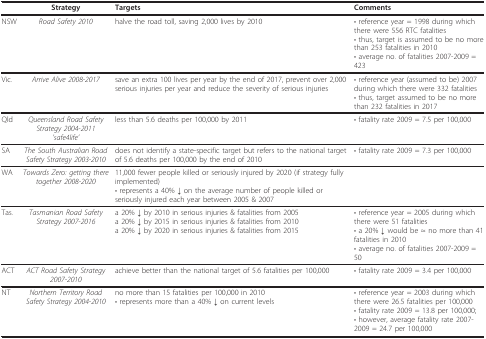
|  | Strategy | Targets | Comments |
 | --- | --- | --- | --- |
 | NSW | Road Safety 2010 | halve the road toll, saving 2,000 lives by 2010 | • reference year = 1998 during which there were 556 RTC fatalities• thus, target is assumed to be no more than 253 fatalities in 2010• average no. of fatalities 2007-2009 = 423 |
 | Vic. | Arrive Alive 2008-2017 | save an extra 100 lives per year by the end of 2017, prevent over 2,000 serious injuries per year and reduce the severity of serious injuries | • reference year (assumed to be) 2007 during which there were 332 fatalities• thus, target assumed to be no more than 232 fatalities in 2017 |
 | Qld | Queensland Road Safety Strategy 2004-2011'safe4life' | less than 5.6 deaths per 100,000 by 2011 | • fatality rate 2009 = 7.5 per 100,000 |
 | SA | The South Australian Road Safety Strategy 2003-2010 | does not identify a state-specific target but refers to the national target of 5.6 deaths per 100,000 by the end of 2010 | • fatality rate 2009 = 7.3 per 100,000 |
 | WA | Towards Zero: getting there together 2008-2020 | 11,000 fewer people killed or seriously injured by 2020 (if strategy fully implemented)• represents a 40% ↓ on the average number of people killed or seriously injured each year between 2005 & 2007 |  |
 | Tas. | Tasmanian Road Safety Strategy 2007-2016 | a 20% ↓ by 2010 in serious injuries & fatalities from 2005a 20% ↓ by 2015 in serious injuries & fatalities from 2010a 20% ↓ by 2020 in serious injuries & fatalities from 2015 | • reference year = 2005 during which there were 51 fatalities• a 20% ↓ would be ≈ no more than 41 fatalities in 2010• average no. of fatalities 2007-2009 = 50 |
 | ACT | ACT Road Safety Strategy 2007-2010 | achieve better than the national target of 5.6 fatalities per 100,000 | • fatality rate 2009 = 3.4 per 100,000 |
 | NT | Northern Territory Road Safety Strategy 2004-2010 | no more than 15 fatalities per 100,000 in 2010• represents more than a 40% ↓ on current levels | • reference year = 2003 during which there were 26.5 fatalities per 100,000• fatality rate 2009 = 13.8 per 100,000;• however, average fatality rate 2007-2009 = 24.7 per 100,000 |